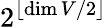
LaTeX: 2^{\lfloor\dim V/2\rfloor}